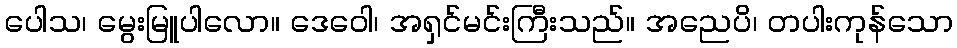
ပေါသ၊ မွေးမြူပါလော။ ဒေဝေါ၊ အရှင်မင်းကြီးသည်။ အညေပိ၊ တပါးကုန်သော